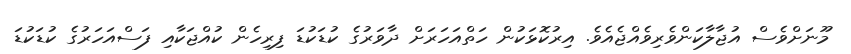
މޫނަށްވެސް އުޖާލާކަންވެރިވެއްޖެއެވެ. އިރުކޮޅަކުން ހަތްއަހަރަށް ދާވަރުގެ ކުޑަކުޑަ ފިރިހެން ކުއްޖަކާއި ފަސްއަހަރުގެ ކުޑަކުޑަ